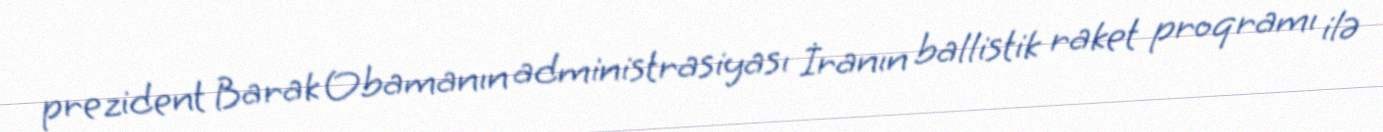
prezident Barak Obamanın administrasiyası İranın ballistik raket proqramı ilə